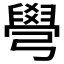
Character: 𦦎